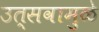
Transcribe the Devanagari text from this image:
उत्सवामुळे